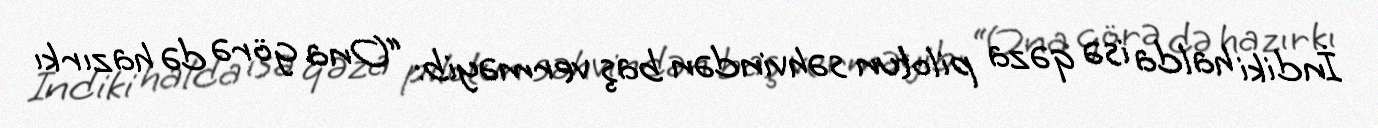
İndiki halda isə qəza pilotun səhvindən baş verməyib: “Ona görə də hazırkı